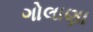
ગોલાણા